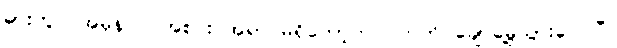
ဓားတွင် အမှန်ပင် အစင်း အရာ မရှိတော့ဘဲ ပကတိ ချောမွေ့သွားလေပြီ။